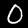
Label: 0